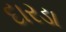
દારડા